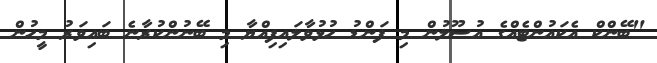
"ބޭންކް އެކައުންޓެއްގެ އުސޫލުން މި ފަންޑު ހުޅުވާލައިފިއްޔާ މި ބޭނުންކުރާނެ ބައިވަރު މީހުން